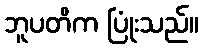
ဘူပတိက ပြုံးသည်။